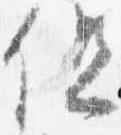
但